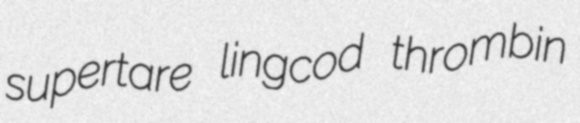
supertare lingcod thrombin